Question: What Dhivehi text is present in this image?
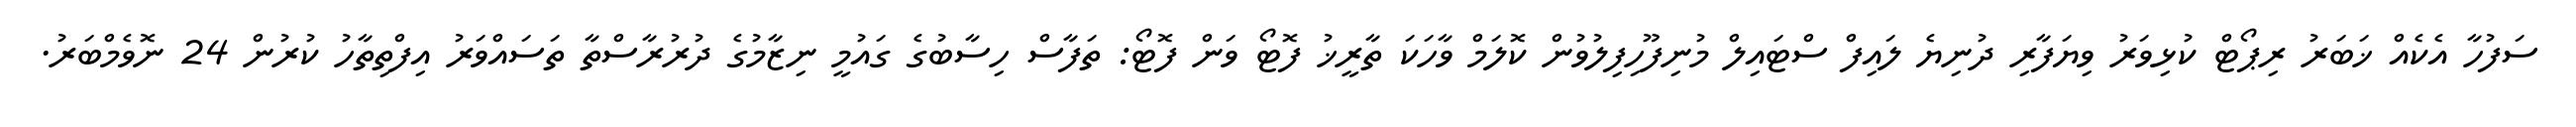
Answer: ސަފުހާ އެކެއް ޚަބަރު ރިޕޯޓް ކުޅިވަރު ވިޔަފާރި ދުނިޔެ ލައިފް ސްޓައިލް މުނިފޫހިފިލުވުން ކޮލަމް ވާހަކަ ތާރީޚު ފޮޓޯ ވަން ފޮޓޯ: ތަފާސް ހިސާބުގެ ގައުމީ ނިޒާމުގެ ދުރުރާސްތާ ތަސައްވަރު އިފްތިތާހު ކުރުން 24 ނޮވެމްބަރު.